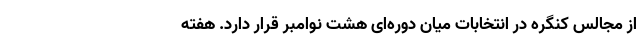
از مجالس کنگره در انتخابات میان دوره‌ای هشت نوامبر قرار دارد. هفته